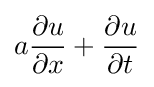
a{\frac {\partial u}{\partial x}}+{\frac {\partial u}{\partial t}}